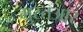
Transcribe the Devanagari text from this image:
मुस्तआर